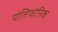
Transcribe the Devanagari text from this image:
पोलिफोनिक